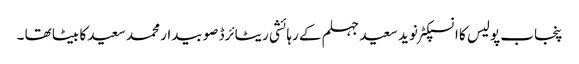
پنجاب پولیس کا انسپکٹر نوید سعید جہلم کے رہائشی ریٹائرڈ صوبیدار محمد سعید کا بیٹا تھا ۔